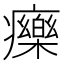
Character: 𤻲